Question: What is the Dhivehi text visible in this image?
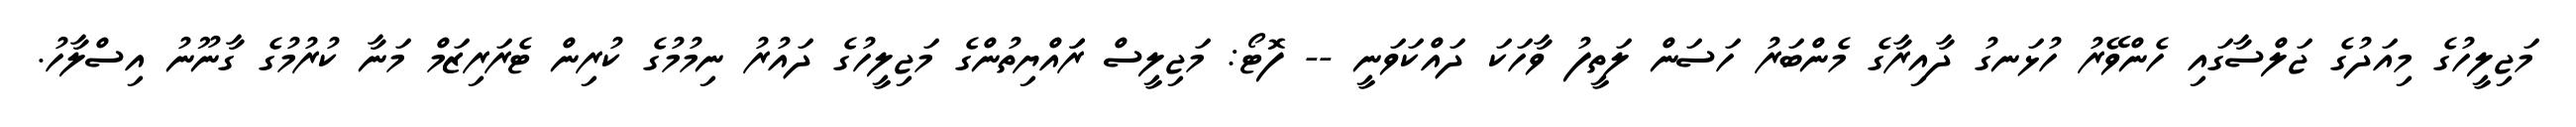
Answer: މަޖިލީހުގެ މިއަދުގެ ޖަލްސާގައި ހެންވޭރު ހުޅަނގު ދާއިރާގެ މެންބަރު ހަސަން ލަތީފު ވާހަކަ ދައްކަވަނީ -- ފޮޓޯ: މަޖިލީސް ރަައްޔިތުންގެ މަޖިލީހުގެ ދައުރު ނިމުމުގެ ކުރިން ޓެރަރިޒަމް މަނާ ކުރުމުގެ ގާނޫނު އިސްލާހު.